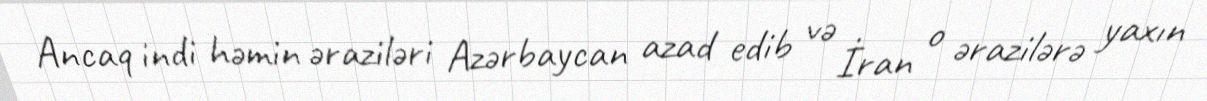
Ancaq indi həmin əraziləri Azərbaycan azad edib və İran o ərazilərə yaxın